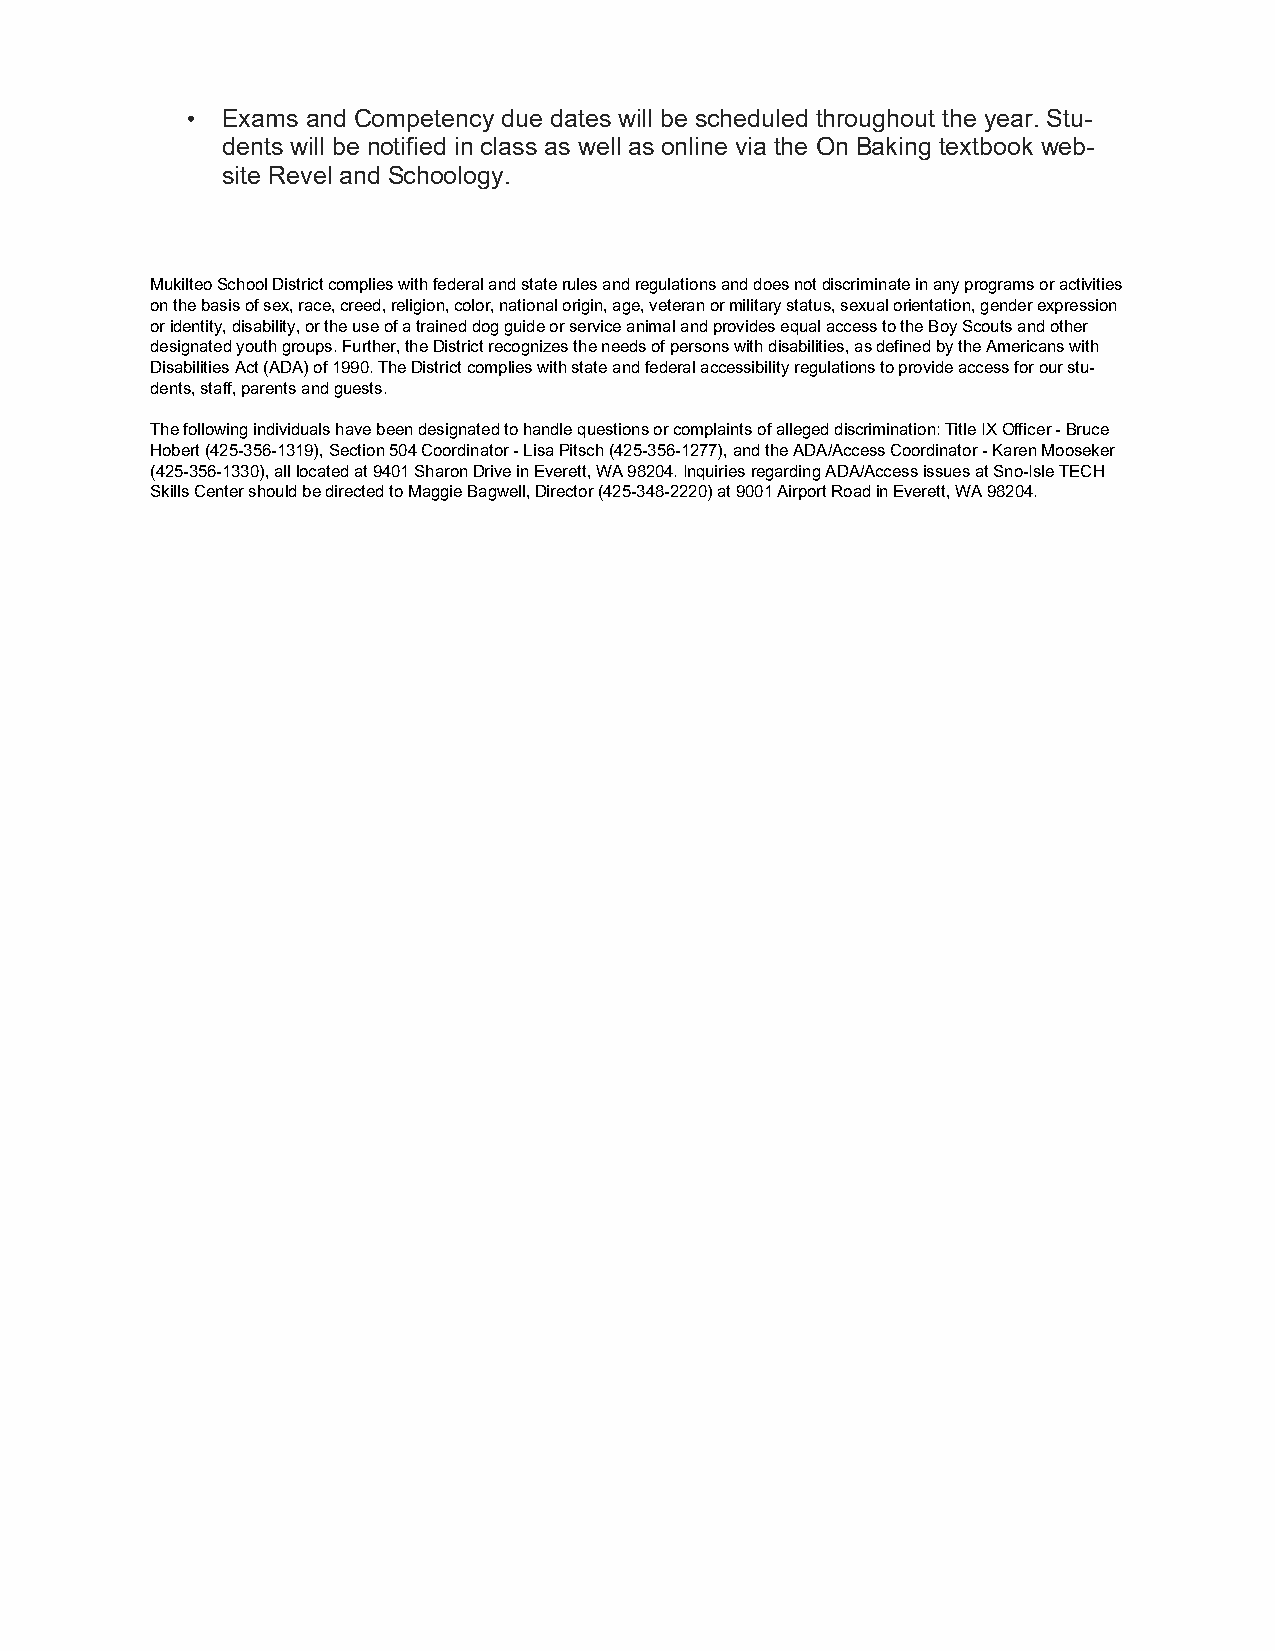
•  Exams and Competency due dates will be scheduled throughout the year. Stu-
 dents will be notified in class as well as online via the On Baking textbook web-
 site Revel and Schoology.
 Mukilteo School District complies with federal and state rules and regulations and does not discriminate in any programs or activities
 on the basis of sex, race, creed, religion, color, national origin, age, veteran or military status, sexual orientation, gender expression
 or identity, disability, or the use of a trained dog guide or service animal and provides equal access to the Boy Scouts and other
 designated youth groups. Further, the District recognizes the needs of persons with disabilities, as defined by the Americans with
 Disabilities Act (ADA) of 1990. The District complies with state and federal accessibility regulations to provide access for our stu-
 dents, staff, parents and guests.
 The following individuals have been designated to handle questions or complaints of alleged discrimination: Title IX Officer - Bruce
 Hobert (425-356-1319), Section 504 Coordinator - Lisa Pitsch (425-356-1277), and the ADA/Access Coordinator - Karen Mooseker
 (425-356-1330), all located at 9401 Sharon Drive in Everett, WA 98204. Inquiries regarding ADA/Access issues at Sno-Isle TECH
 Skills Center should be directed to Maggie Bagwell, Director (425-348-2220) at 9001 Airport Road in Everett, WA 98204.